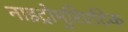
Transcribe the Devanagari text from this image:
नाइट्रोमुरिएटिक